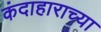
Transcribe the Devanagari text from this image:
कंदाहाराच्या